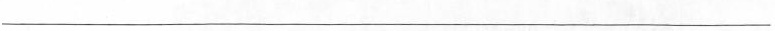
___